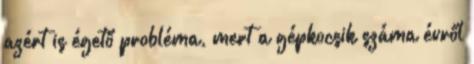
azért is égető probléma, mert a gépkocsik száma évről